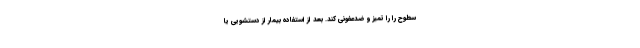
سطوح را را تمیز و ضدعفونی کند. بعد از استفاده بیمار از دستشویی یا